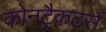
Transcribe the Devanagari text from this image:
कोनट्रैकटर्स